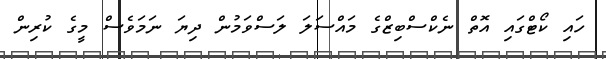
ހައި ކޯޓްގައި އޮތް ނެކްސްބިޒްގެ މައްސަލަ ލަސްވަމުން ދިޔަ ނަމަވެސް މީގެ ކުރިން